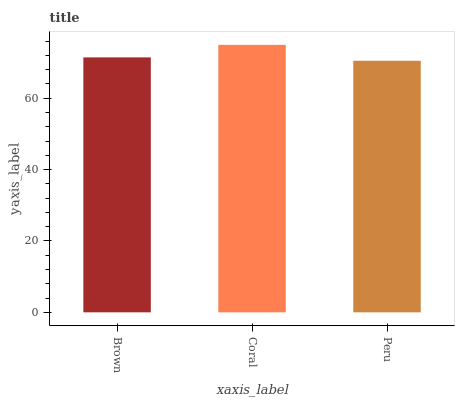
| xaxis_label | bars |
 | --- | --- |
 | Brown | 71.5 |
 | Coral | 75 |
 | Peru | 70.5 |